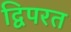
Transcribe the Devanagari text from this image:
द्विपरत